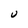
Character: U